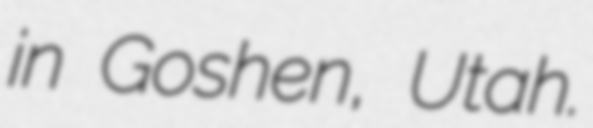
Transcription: in Goshen, Utah.